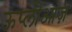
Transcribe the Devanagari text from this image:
ऊप्लीआज़